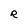
Character: R